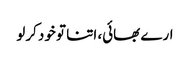
ارے بھائی، اتنا تو خود کرلو